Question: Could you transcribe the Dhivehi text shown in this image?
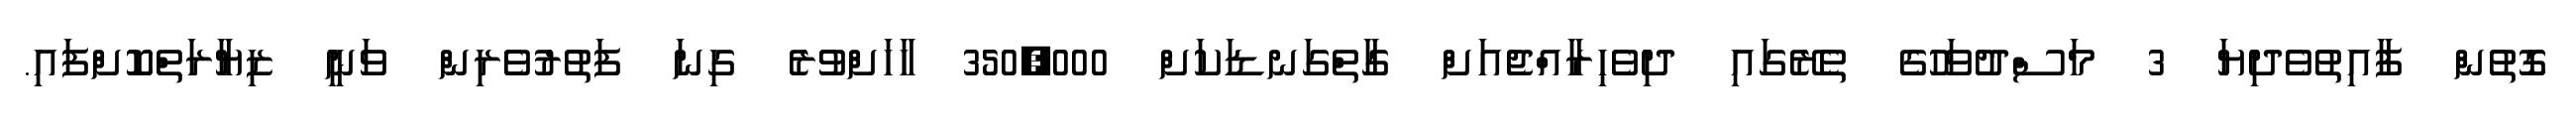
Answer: ގޮތުން ފާއިތުވެދިޔަ 3 މަސްދުވަހުގެ ތެރޭގައި ދިވެހިރާއްޖެއަށް ގާތްގަނޑަކަށް 350,000 ހާހަށްވުރެ ގިނަ ފަތުރުވެރިން ވަނީ ޒިޔާރަތްކޮށްފައި.